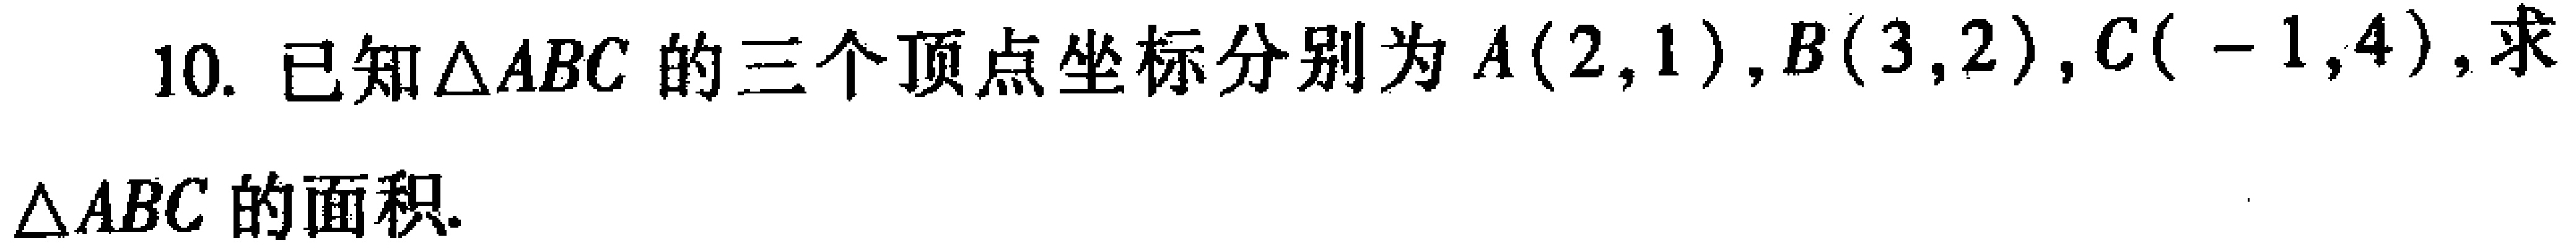
10. 已知\(\triangle ABC\)的三个顶点坐标分别为\(A(2,1)\)，\(B(3,2)\)，\(C(-1,4)\)，求
\(\triangle ABC\)的面积.